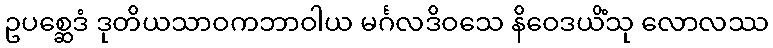
ဥပစ္ဆေဒံ ဒုတိယသာဝကဘာဝါယ မင်္ဂလဒိဝသေ နိဝေဒယိံသု လောလဿ